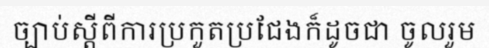
ច្បាប់ស្តីពីការប្រកួតប្រជែងក៏ដូចជា ចូលរួម